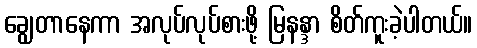
ချွေတာနေကာ အလုပ်လုပ်စားဖို့ မြနန္ဒာ စိတ်ကူးခဲ့ပါတယ်။